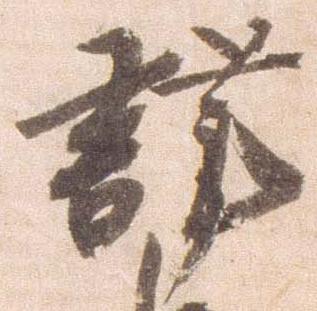
謹